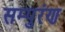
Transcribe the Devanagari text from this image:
सम्पुरंण